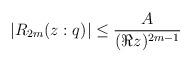
LaTeX: \begin{align*}|R_{2m}(z:q)| \leq \frac{A}{(\Re z)^{2m-1}} \end{align*}